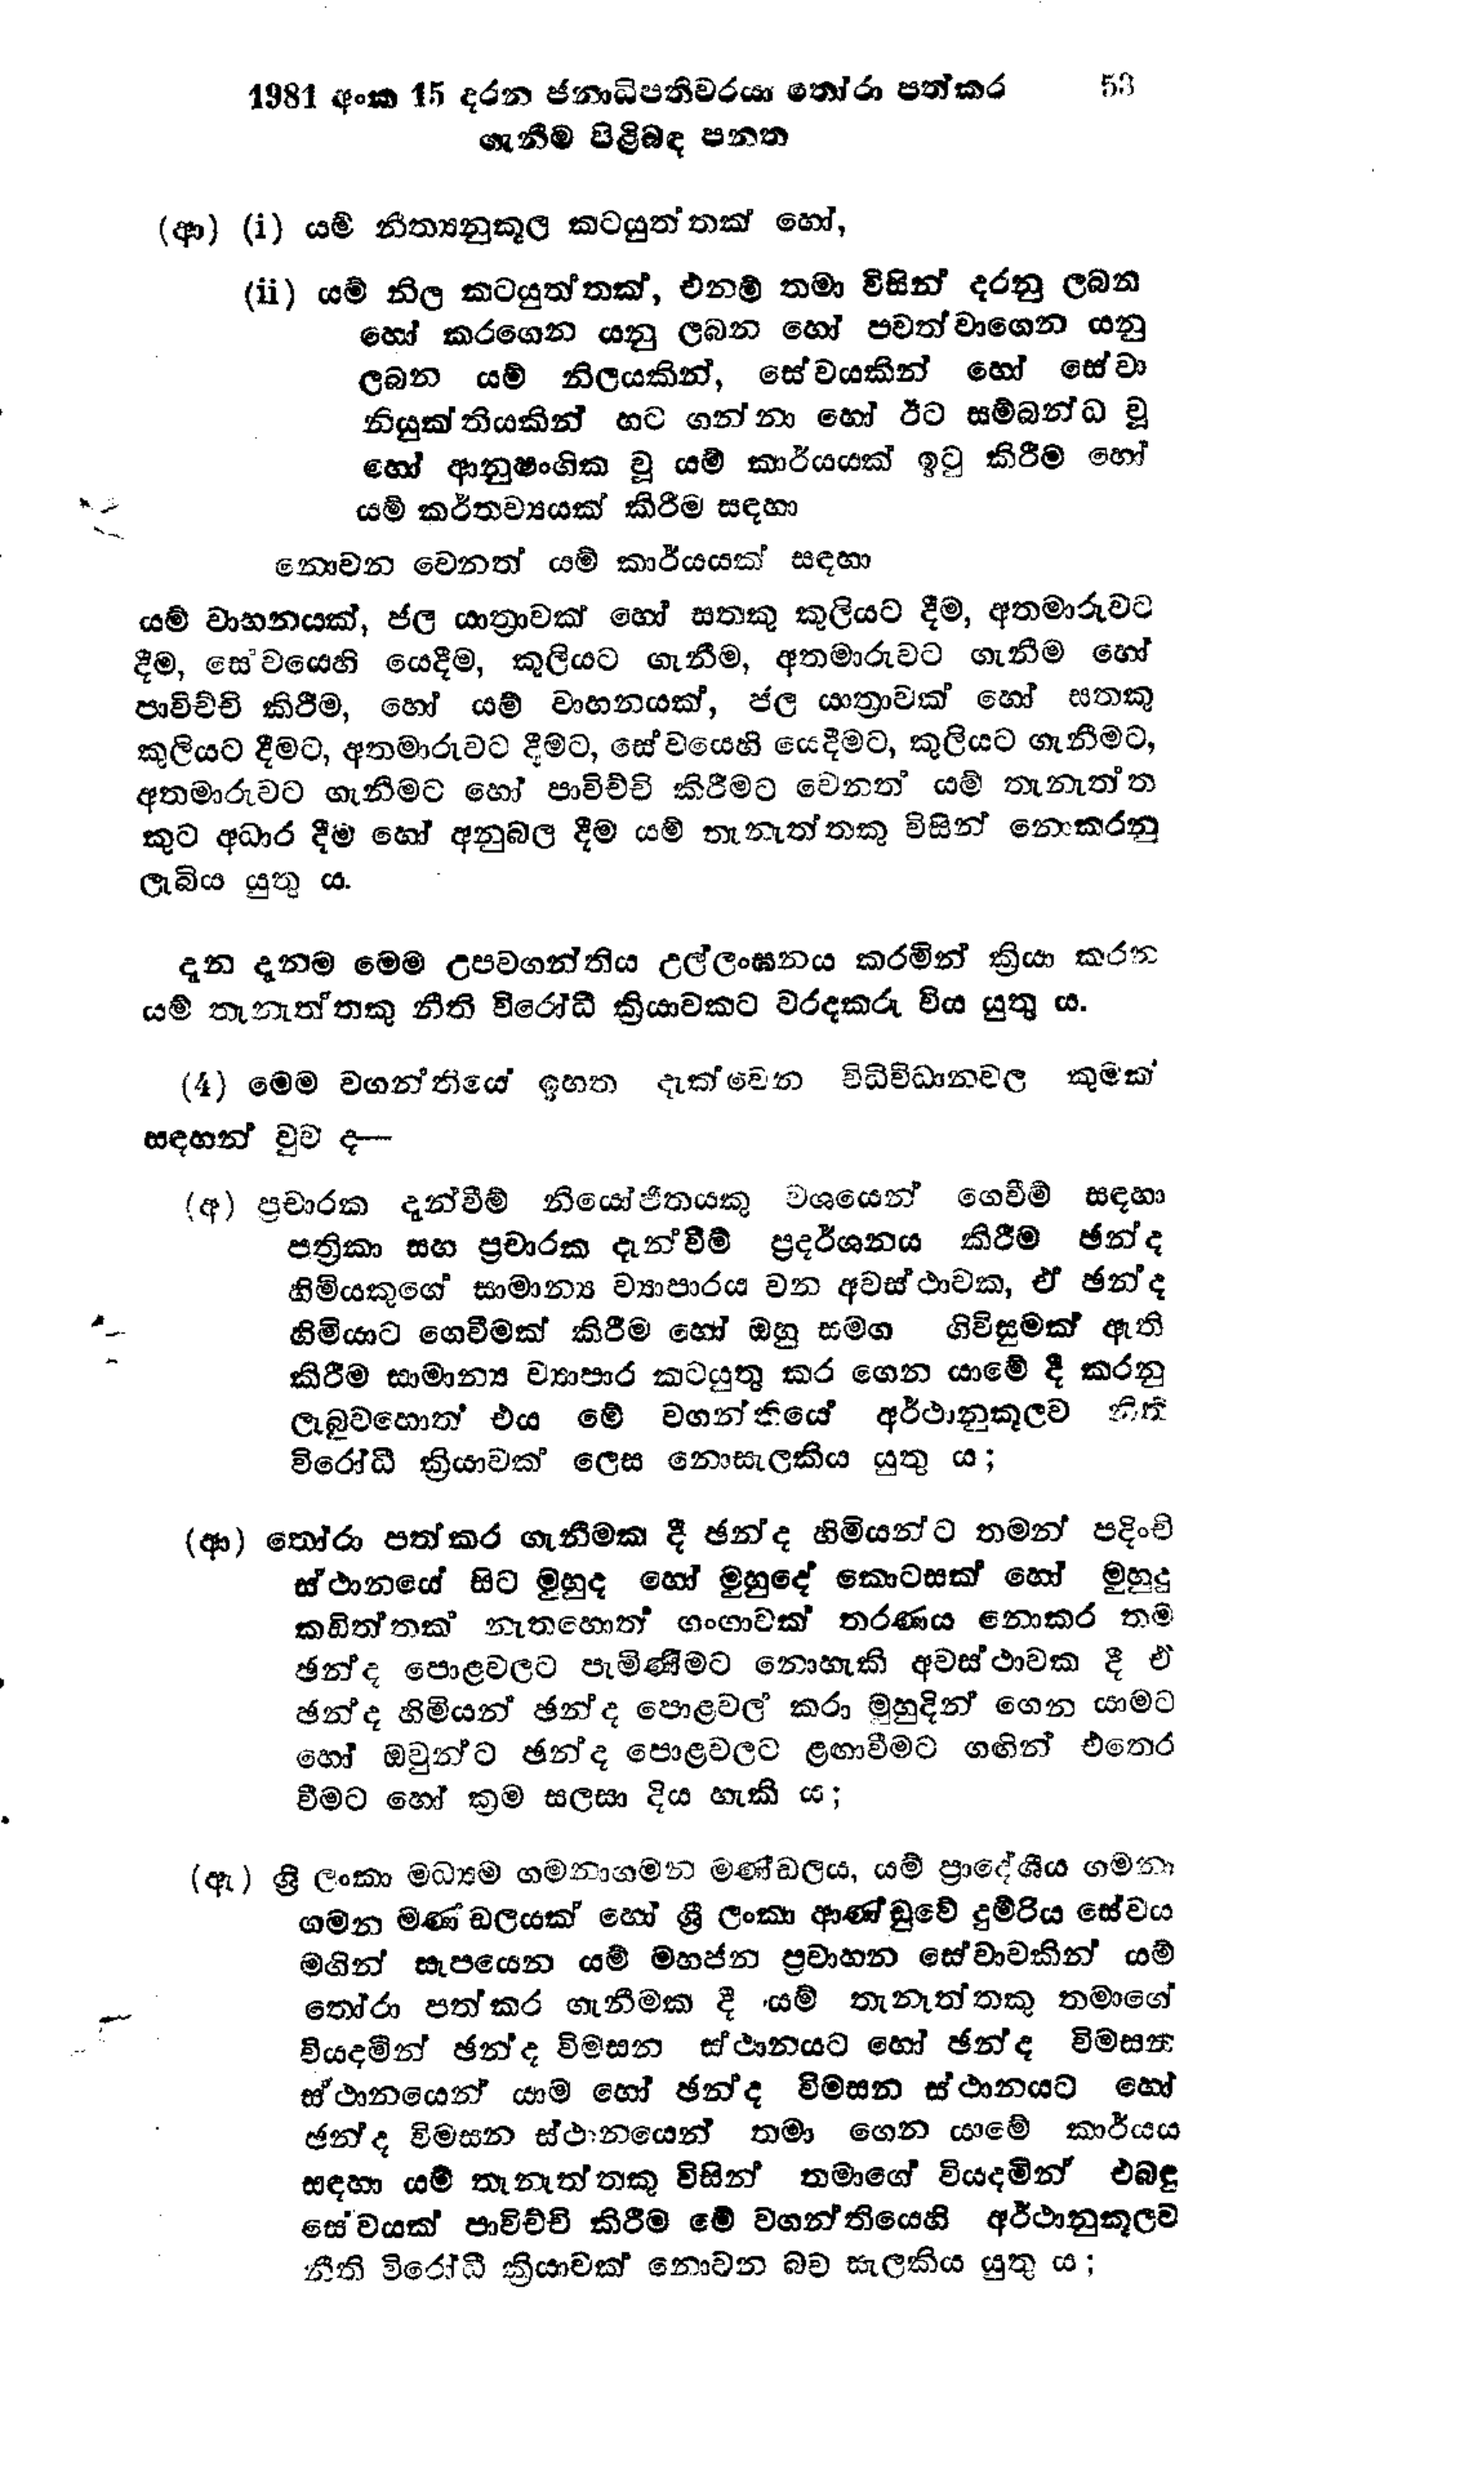
1981 අංක 15 දරන ජනාධිපතිවරයා තෝරා පත් කර		53
ගැනීම පිළිබඳ පනත

(ආ) (i) යම් නීත්‍යනුකූල කටයුත්තක් හෝ,

(ii) යම් නිල කටයුත්තක්, එනම් තමා විසින් දරනු ලබන
හෝ කරගෙන යනු ලබන හෝ පවත්වාගෙන යනු
ලබන යම් නිලයකින්, සේවයකින් හෝ සේවා
නියුක්තියකින් හට ගන්නා හෝ ඊට සම්බන්ධ වූ
හෝ ආනුෂංගික වූ යම් කාර්යයක් ඉටු කිරීම හෝ
යම් කර්තව්‍යයක් කිරීම සඳහා

නොවන වෙනත් යම් කාර්යයක් සඳහා

යම් වාහනයක්, ජල යාත්‍රාවක් හෝ සතකු කුලියට දීම, අතමාරුවට
දීම, සේවයෙහි යෙදීම, කුලියට ගැනීම, අතමාරුවට ගැනීම හෝ
පාවිච්චි කිරීම, හෝ යම් වාහනයක්, ජල යාත්‍රාවක් හෝ සතකු
කුලියට දීමට, අතමාරුවට දීමට, සේවයෙහි යෙදීමට, කුලියට ගැනීමට,
අතමාරුවට ගැනීමට හෝ පාවිච්චි කිරීමට වෙනත් යම් තැනැත්ත
කුට අධාර දීම හෝ අනුබල දීම යම් තැනැත්තකු විසින් නොකරනු
ලැබිය යුතු ය.

දැන දැන ම මෙම උපවගන්තිය උල්ලංඝනය කරමින් ක්‍රියා කරන
යම් තැනැත්තකු නීති විරෝධී ක්‍රියාවකට වරදකරු විය යුතු ය.

(4) මෙම වගන්තියේ ඉහත දැක්වෙන විධිවිධානවල කුමක්
සඳහන් වුව ද--

(අ) ප්‍රචාරක දැන්වීම් නියෝජිතයකු වශයෙන් ගෙවීම් සඳහා
පත්‍රිකා සහ ප්‍රචාරක දැන්වීම් ප්‍රදර්ශනය කිරීම ඡන්ද
හිමියකුගේ සාමාන්‍ය ව්‍යාපාරය වන අවස්ථාවක, ඒ ඡන්ද
හිමියාට ගෙවීමක් කිරීම හෝ ඔහු සමග ගිවිසුමක් ඇති
කිරීම සාමාන්‍ය ව්‍යාපාර කටයුතු කර ගෙන යාමේ දී කරනු
ලැබුවහොත් එය මේ වගන්තියේ අර්ථානුකූලව නිති
විරෝධී ක්‍රියාවක් ලෙස නොසැලකිය යුතු ය;

(ආ) තෝරා පත් කර ගැනීමක දී ඡන්ද හිමියන්ට තමන් පදිංචි
ස්ථානයේ සිට මුහුද හෝ මුහුදේ කොටසක් හෝ මුහුදු
කඩිත්තක් නැතහොත් ගංඟාවක් තරණය නොකර තම
ඡන්ද පොළවලට පැමිණීමට නොහැකි අවස්ථාවක දී එ
ඡන්ද හිමියන් ඡන්ද පොළවල් කරා මුහුදින් ගෙන යාමට
හෝ ඔවුන්ට ඡන්ද පොළවලට ළඟාවීමට ගඟින් එතෙර
වීමට හෝ ක්‍රම සලසා දිය හැකි ය;

(ඇ) ශ්‍රී ලංකා මධ්‍යම ගමනාගමන මණ්ඩලය, යම් ප්‍රාදේශීය ගමනා
ගමන මණඩලයක් හෝ ශ්‍රී ලංකා ආණ්ඩුවේ දුම්රිය සේවය
මගින් සැපයෙන යම් මහජන ප්‍රවාහන සේවාවකින් යම්
තෝරා පත් කර ගැනීමක දී යම් තැනැත්තකු තමාගේ
වියදමින් ඡන්ද විමසන ස්ථානයට හෝ ඡන්ද විමසන
ස්ථානයෙන් යාම හෝ ඡන්ද විමසන ස්ථානයට හෝ
ඡන්ද විමසන ස්ථානයෙන් තමා ගෙන යාමේ කාර්යය
සඳහා යම් තැනැත්තකු විසින් තමාගේ වියදමින් එබඳු
සේවයක් පාවිච්චි කිරීම මේ වගන්තියෙහි අර්ථානුකූලව
නීති විරෝධී ක්‍රියාවක් නොවන බව සැලකිය යුතු ය;